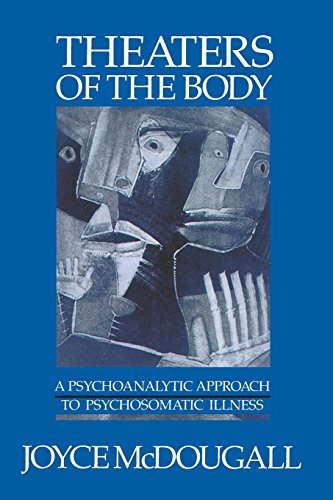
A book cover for Theaters Of The Body: A Psychoanalytic Approach to Psychosomatic Illness; Joyce McDougall; Health, Fitness & Dieting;